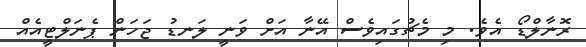
ރޮނާލްޑޯ އެވެ. މި މެޗުގައިވެސް އޭނާ އަށް ވަނީ ލަނޑު ޖަހަން ޕެނަލްޓީއެއް